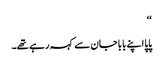
‘‘
پاپا اپنے بابا جان سے کہہ رہے تھے۔